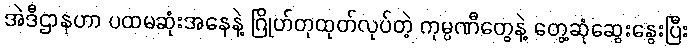
အဲဒီဌာနဟာ ပထမဆုံးအနေနဲ့ ဂြိုဟ်တုထုတ်လုပ်တဲ့ ကုမ္ပဏီတွေနဲ့ တွေ့ဆုံဆွေးနွေးပြီး